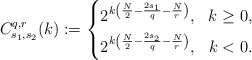
\begin{align*}C_{s_1,s_2}^{q,r}(k):=\left\{\begin{aligned}&2^{k\left(\frac{N}{2}-\frac{2s_1}{q}-\frac{N}{r}\right)}, &k\geq 0,\\&2^{k\left(\frac{N}{2}-\frac{2s_2}{q}-\frac{N}{r}\right)}, &k< 0.\end{aligned}\right.\end{align*}